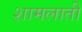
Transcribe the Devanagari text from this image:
शामलाती